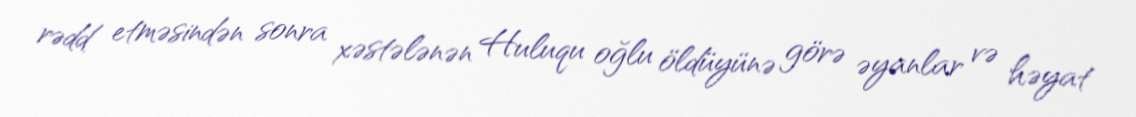
rədd etməsindən sonra xəstələnən Huluqu oğlu öldüyünə görə əyanlar və həyat